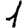
Digit: 1